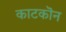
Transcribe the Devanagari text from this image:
काटकॊन